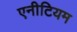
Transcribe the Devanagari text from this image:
एनीटियम